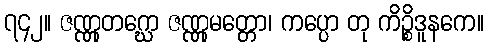
၇၄၂။ ဇဏ္ဏုတဂ္ဃော ဇဏ္ဏုမတ္တော၊ ကပ္ပော တု ကိဉ္စိဒူနကေ။